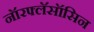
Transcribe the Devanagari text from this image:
नॉरफ्लॅसॉसिन